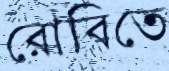
রোবিতে